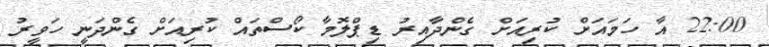
22:00 އާ ހަމައަށް ކުރިއަށް ގެންދާއިރު ޑިޕްލޮމާ ކޯސްތައް ކުރިއަށް ގެންދަނީ ހަވީރު